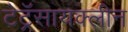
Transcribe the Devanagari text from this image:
टेट्रॅसायक्लीन